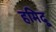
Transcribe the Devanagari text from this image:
हमिदू